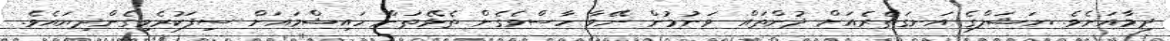
ދިމާއަށެވެ. ޔަޝަލްގެ އަނގަތެރެއަށް ދުންތައް ވަނުމުން ނޭވާ ހާސްވެގެން ތެޅޭތަން ހައިޝްމައަށް ސިފަކުރެވިގެންދިޔައެވެ.